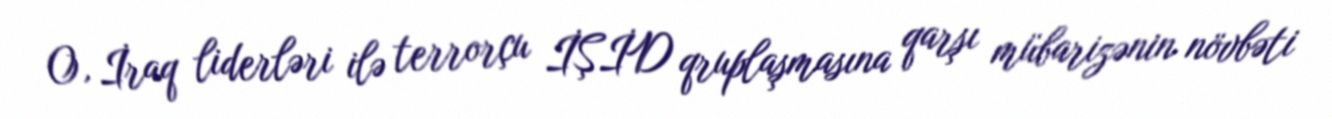
O, İraq liderləri ilə terrorçu İŞİD qruplaşmasına qarşı mübarizənin növbəti